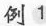
例 1